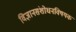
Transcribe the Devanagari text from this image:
विज्ञानसंशोधनविषयक